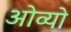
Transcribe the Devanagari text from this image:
ओव्यो